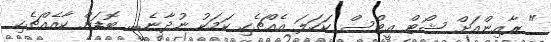
" ރާއިންއަށް ޝޯޓް އީޓްސް ކަހަލަ އެއްޗެހި ކަމަކު ނުދާނެ.... ބޮޑަށް ކާއެއްޗެހި